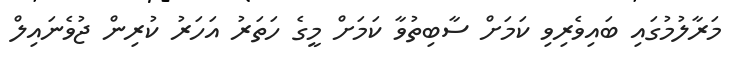
މަރާލުމުގައި ބައިވެރިވި ކަމަށް ސާބިތުވާ ކަމަށް މީގެ ހަތަރު އަހަރު ކުރިން ޖުވެނައިލް